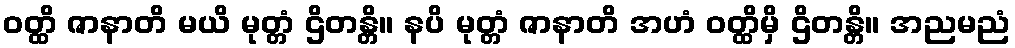
ဝတ္ထိ ဇာနာတိ မယိ မုတ္တံ ဌိတန္တိ။ နပိ မုတ္တံ ဇာနာတိ အဟံ ဝတ္ထိမှိ ဌိတန္တိ။ အညမညံ